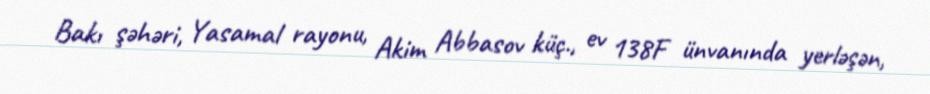
Bakı şəhəri, Yasamal rayonu, Akim Abbasov küç., ev 138F ünvanında yerləşən,